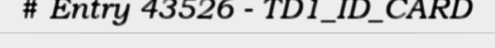
# Entry 43526 - TD1_ID_CARD